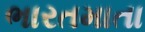
ભારતમાતા